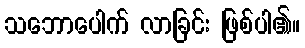
သဘောပေါက် လာခြင်း ဖြစ်ပါ၏။